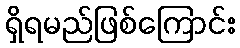
ရှိရမည်ဖြစ်ကြောင်း